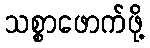
သစ္စာဖောက်ဖို့